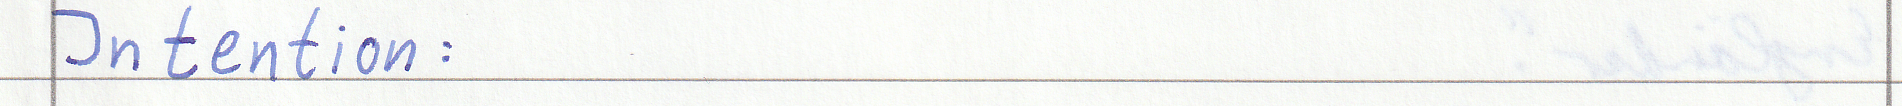
Intention: